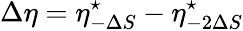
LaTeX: \Delta\eta=\eta_{-\Delta S}^{\star}-\eta_{-2\Delta S}^{\star}